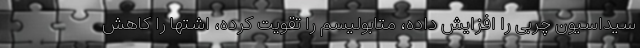
سیداسیون چربی را افزایش داده، متابولیسم را تقویت کرده، اشتها را کاهش